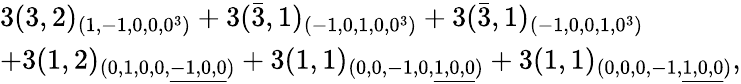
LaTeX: \begin{array}{l}{{3(3,2)_{(1,-1,0,0,0^{3})}+3(\bar{3},1)_{(-1,0,1,0,0^{3})}+3(\bar{3},1)_{(-1,0,0,1,0^{3})}}}\\ {{+3(1,2)_{(0,1,0,0,\underline{{{-1,0,0}}})}+3(1,1)_{(0,0,-1,0,\underline{{{1,0,0}}})}+3(1,1)_{(0,0,0,-1,\underline{{{1,0,0}}})},}}\end{array}